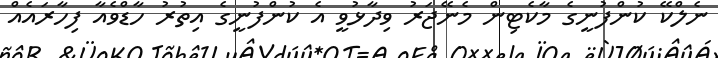
ނެލްކޭ ކުންފުނީގެ މާކެޓިން މެނޭޖަރު ވިދާޅުވީ އެ ކުންފުނީގެ އިތުރު ހާޑްވެއާ ފިހާރައެއް